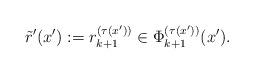
LaTeX: \begin{align*}\tilde{r}^{\prime}(x^\prime):=r_{k+1}^{(\tau(x^\prime))}\in\Phi^{(\tau(x^\prime))}_{k+1}(x^\prime).\end{align*}